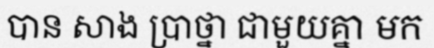
បាន សាង ប្រាថ្នា ជាមួយគ្នា មក